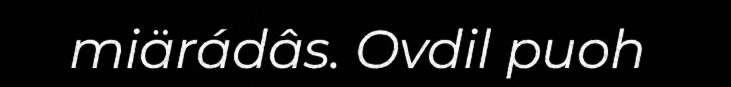
miärádâs. Ovdil puoh